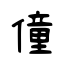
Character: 僮